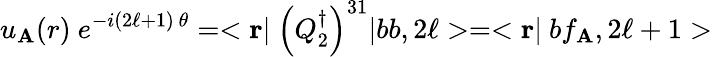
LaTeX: u_{\mathbf{A}}({r})\ e^{-i(2\ell+1)\ \theta}=<{\mathbf{r}}|\ \left(Q_{2}^{\dagger}\right)^{31}|bb,2\ell>=<{\mathbf{r}}|\ bf_{\mathbf{A}},2\ell+1>